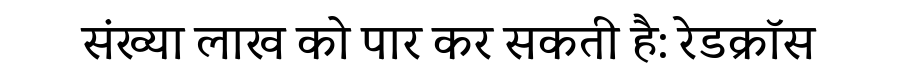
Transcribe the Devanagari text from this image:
संख्या लाख को पार कर सकती है: रेडक्रॉस